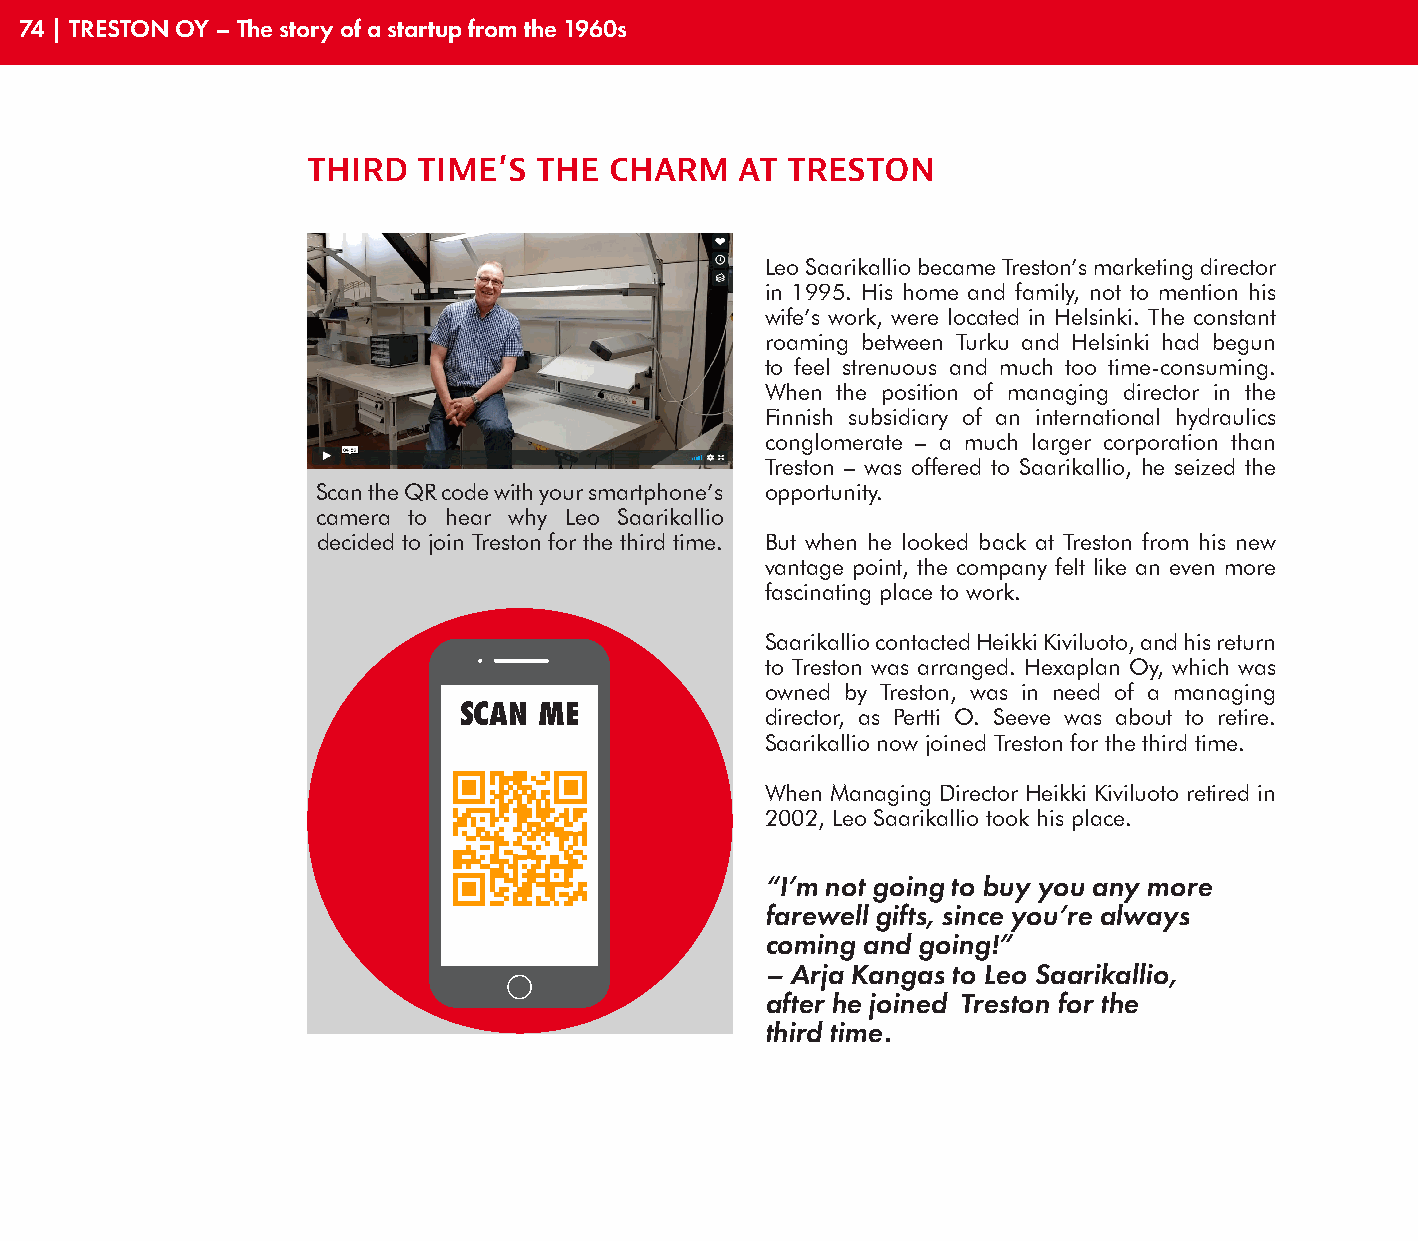
74 | TRESTON OY – The story of a startup from the 1960s
 THIRD   TIME’S THE  CHARM    AT TRESTON
 Leo Saarikallio became Treston’s marketing director
 in 1995. His home and family, not to mention his
 wife’s work, were located in Helsinki. The constant
 roaming between Turku and Helsinki had begun
 to feel strenuous and much too time-consuming.
 When the position of managing director in the
 Finnish subsidiary of an international hydraulics
 conglomerate – a much larger corporation than
 Treston – was offered to Saarikallio, he seized the
 Scan the QR code with your smartphone’s opportunity.
 camera to hear why Leo Saarikallio
 decided to join Treston for the third time. But when he looked back at Treston from his new
 vantage point, the company felt like an even more
 fascinating place to work.
 Saarikallio contacted Heikki Kiviluoto, and his return
 to Treston was arranged. Hexaplan Oy, which was
 owned by Treston, was in need of a managing
 SCAN  ME             director, as Pertti O. Seeve was about to retire.
 Saarikallio now joined Treston for the third time.
 When Managing Director Heikki Kiviluoto retired in
 2002, Leo Saarikallio took his place.
 “I’m not going to buy you any more
 farewell gifts, since you’re always
 coming and going!”
 – Arja Kangas to Leo Saarikallio,
 after he joined Treston for the
 third time.